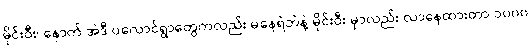
မိုင်းဝီး၊ နောက် အဲဒီ ပလောင်ရွာတွေကလည်း မနေရဲဘဲနဲ့ မိုင်းဝီး မှာလည်း လာနေထားတာ ၁၀၀၀